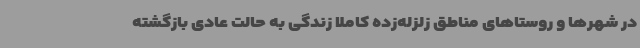
در شهرها و روستاهای مناطق زلزله‌زده کاملا زندگی به حالت عادی بازگشته